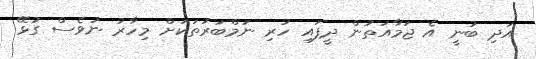
އަދި ބުނީ އެ ޖަމާއަތުން ދީފައި ހުރި ނަމްބަރުތަކަށް މިހާރު ނުވެސް ގުޅޭ